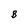
Character: B